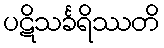
ပဋိသင်္ခရိဿတိ